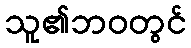
သူ၏ဘဝတွင်